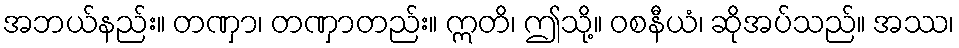
အဘယ်နည်း။ တဏှာ၊ တဏှာတည်း။ ဣတိ၊ ဤသို့။ ဝစနီယံ၊ ဆိုအပ်သည်။ အဿ၊